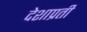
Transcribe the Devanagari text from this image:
देशाप्रती